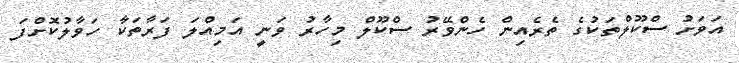
އަވަށު ސްކޫލްތަކުގެ ތެރެއިން ހެންވޭރު ސްކޫލް މިހާރު ވަނީ އަމިއްލަ ފަރާތަކާ ހަވާލުކޮށްފަ